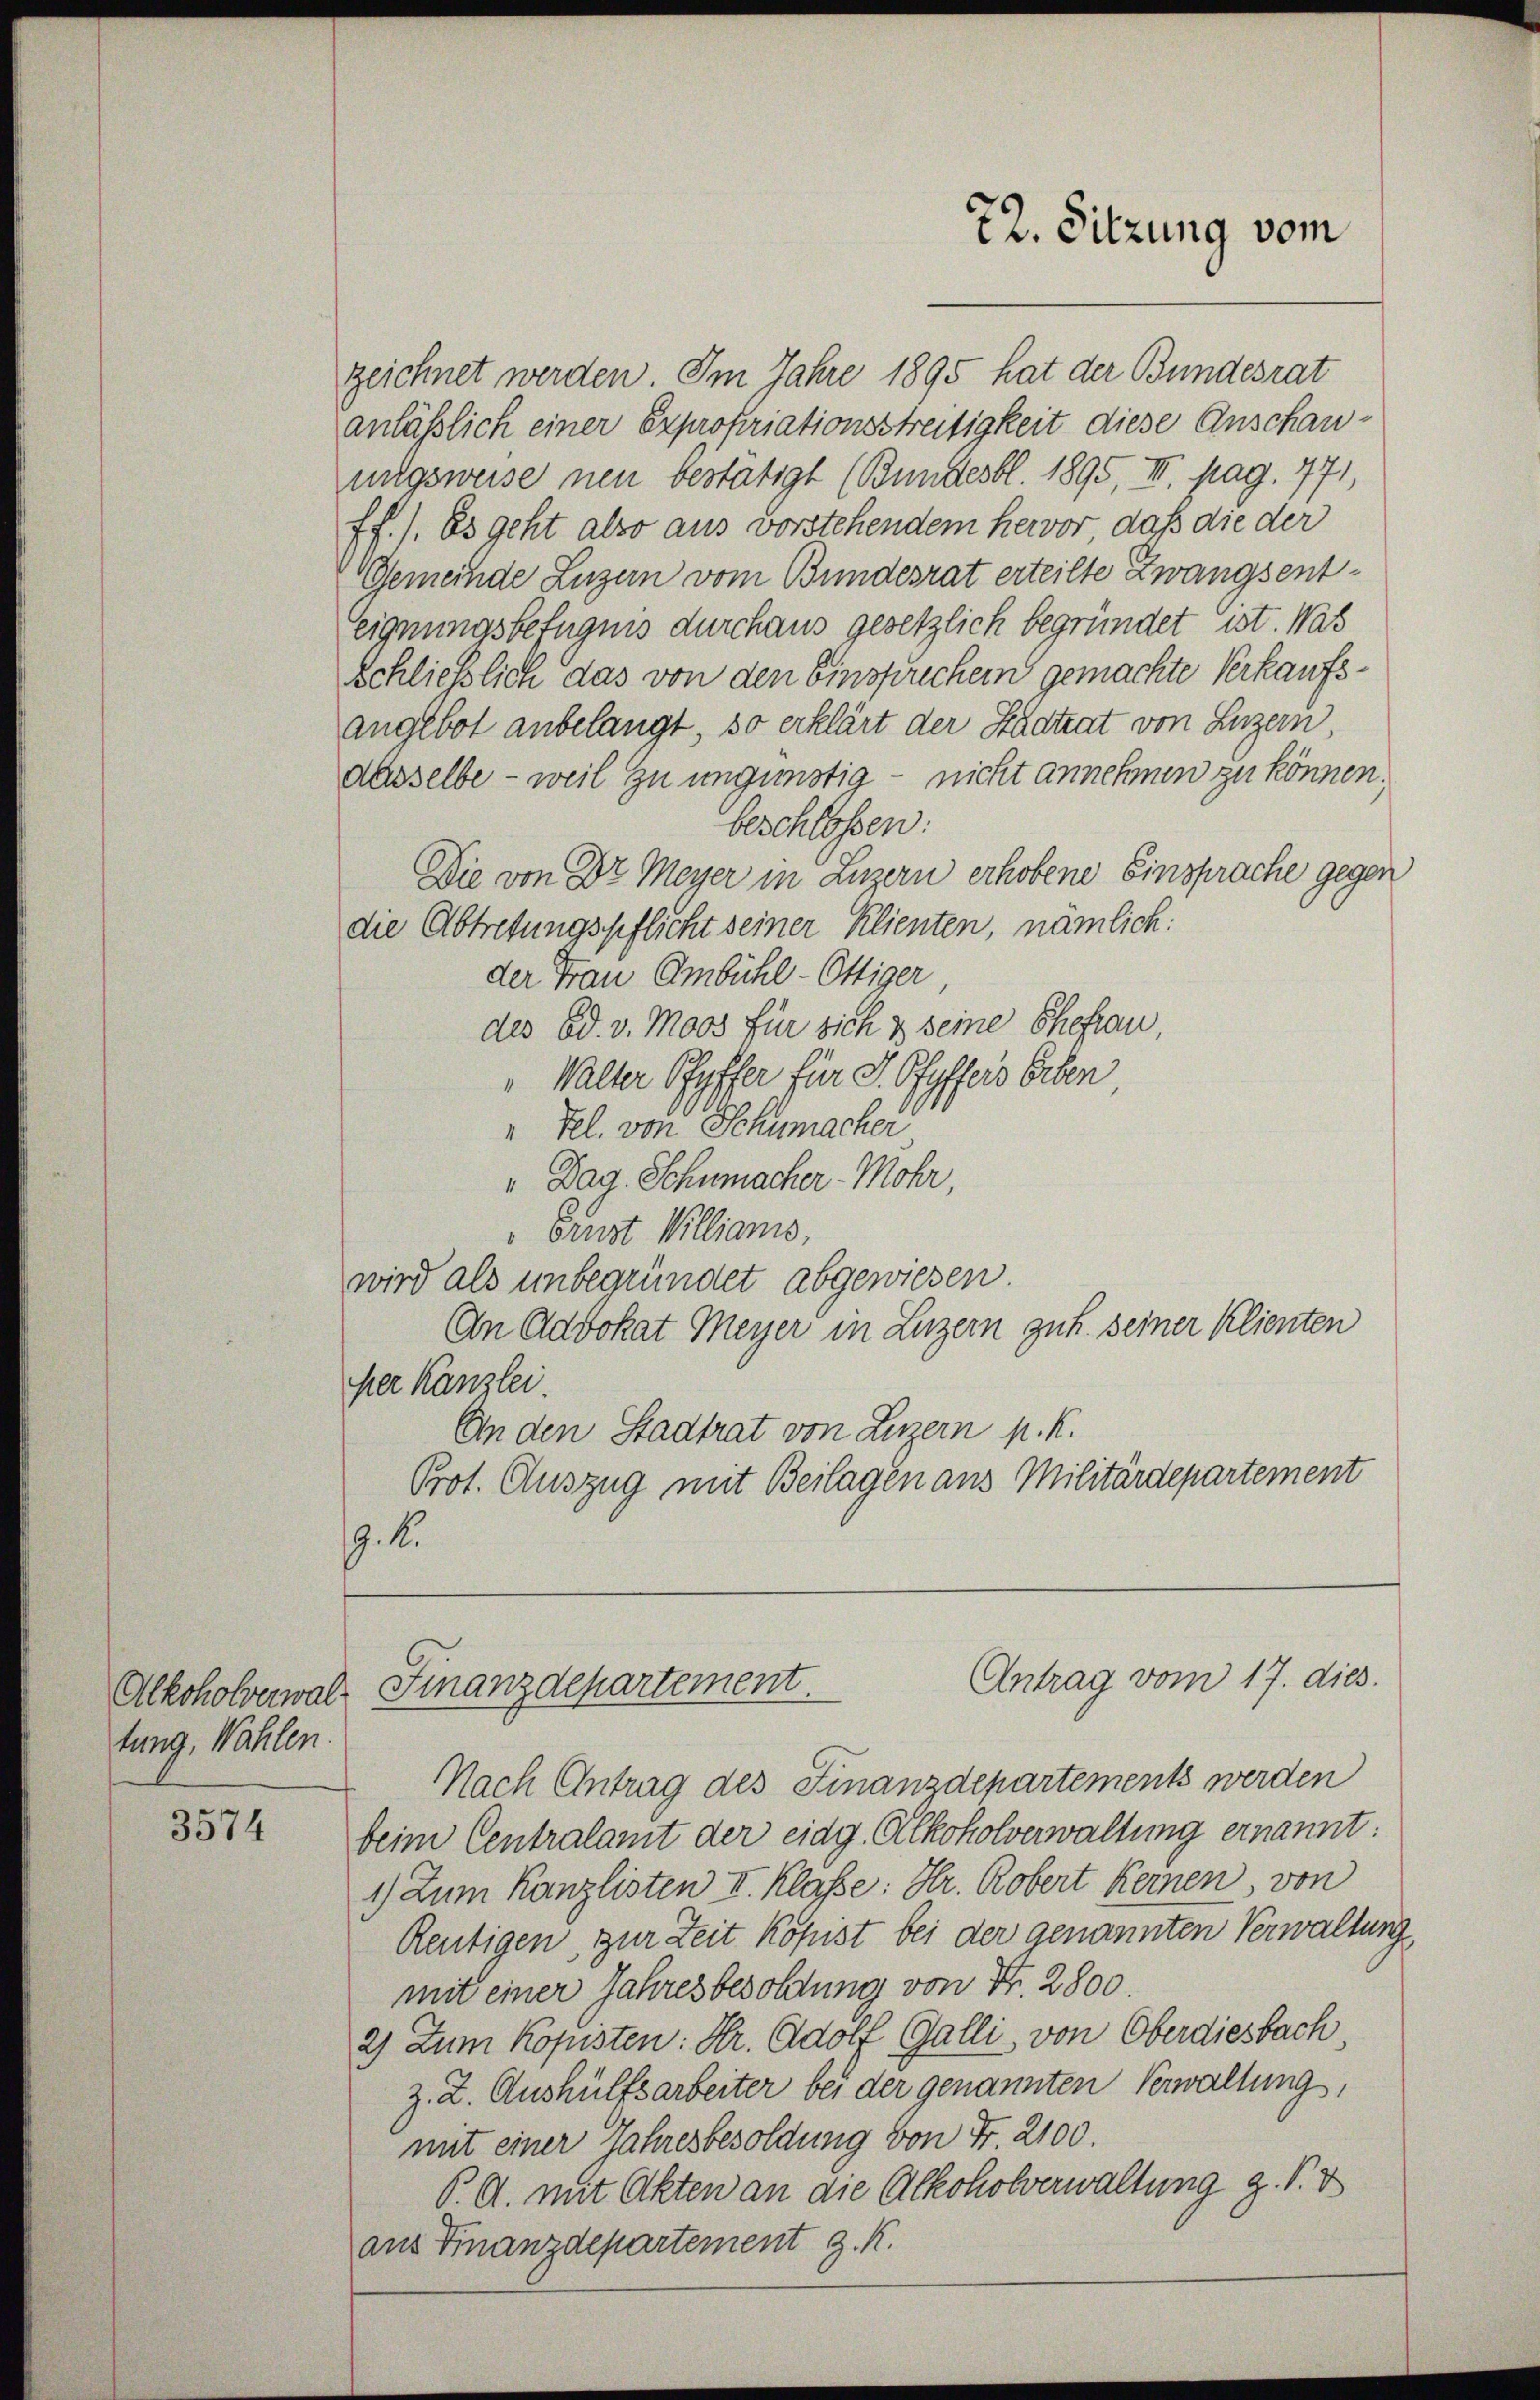
tung, Wahlen

3574

zeichnet werden. Im Jahre 1895 hat der Bundesrat
anläßlich einer Expropriationsstreitigkeit diese Anschauungsweise neu bestätigt (Bundesbl. 1895, III. pag. 771,
ff.). Es geht also aus vorstehendem hervor, daß die der
Gemeinde Luzern vom Bundesrat erteilte Zwangsent¬
Eignungsbefugnis durchaus gesetzlich begründet ist. Was
schließlich das von den Einsprechen gemachte Verkaufsangebot anbelangt, so erklärt der Stadtrat von Luzern
aasselbe - weil zu ungünstig – nicht annehmen zu können.
beschlossen:
Die von Dr Meyer in Luzern erhobene Einsprache gegen
die Abtretungspflicht seiner Klienten, nämlich!
der Frau Ambühl-Ottiger
des Ed. v. Moos für sich & seine Ehefrau,
" Walter Pfyffer für J. Pfyffers Erben
"Fel. von Schumacher
" Dag. Schumacher - Mohr
Brust Willians,
wird als unbegründet abgewiesen.
An Advokat Meyer in Luzern zuh. seiner Klienten
her Kanzlei.
An den Stadtrat von Luzern p. K.
Prot. Auszug mit Beilagen aus Militärdepartement
19. d.

72. Sitzung vom

Antrag vom 17. dies.
Alkoholverwalt Finanzdepartement.

Nach Antrag des Finanzdepartements werden
beim Centralamt der eidg. Alkoholverwaltung ernannt:
1) Zum Kanzlisten II. Klasse: Hr. Robert Kernen von
Reutigen, zur Zeit Kopist bei der genannten Verwaltung
mit einer Jahresbesoldung von Nr. 2800
2) Zum Kopisten: Hr. Adolf Galli, von Oberdiesbach,
z. Z. Aushülfsarbeiter bei der genannten Verwaltung,
mit einer Jahresbesoldung von Fr. 2100.
P.A. mit Akten an die Alkoholverwaltung z. B. V
aus Finanzdepartement z. K.